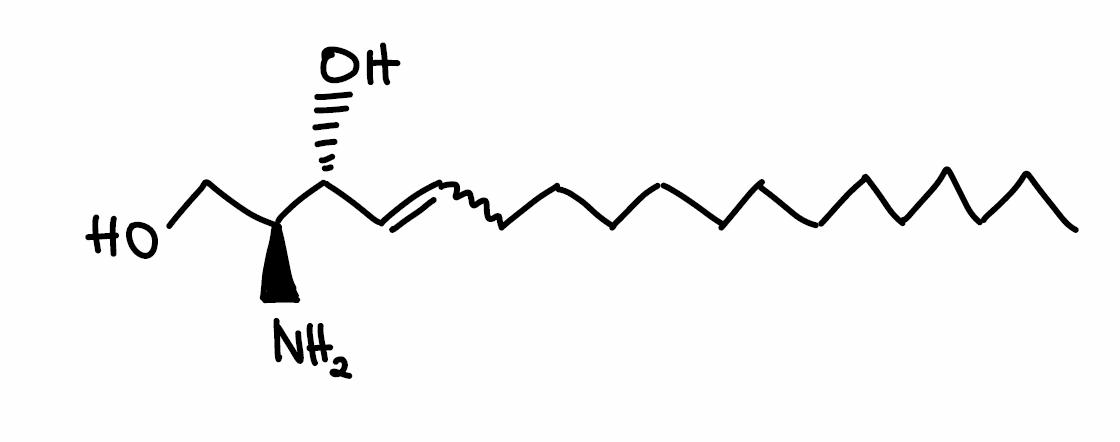
Simplified molecular-input line-entry system (SMILES) notation of the given molecule:
CCCCCCCCCCCCCC=C[C@H]([C@H](CO)N)O